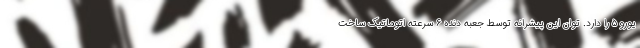
یورو ۵ را دارد. توان این پیشرانه توسط جعبه دنده ۶ سرعته اتوماتیک ساخت